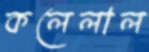
কলেলাল